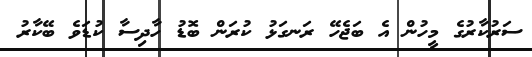
ސަރުކާރުގެ މީހުން އެ ބަޖެހޭ ރަނގަޅު ކުރަން ބޮޑު ހާދިސާ ކުޑަވެ ބޭކާރު